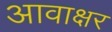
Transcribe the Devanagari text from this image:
आवाक्षर